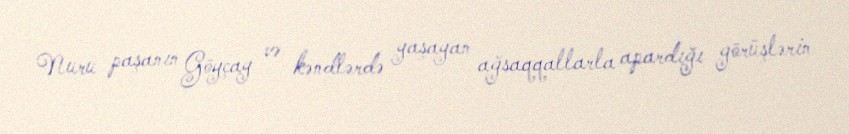
Nuru paşanın Göyçay və kəndlərdə yaşayan ağsaqqallarla apardığı görüşlərin